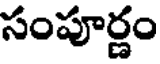
సంపూర్ణం